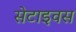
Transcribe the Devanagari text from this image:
सेटाइवस